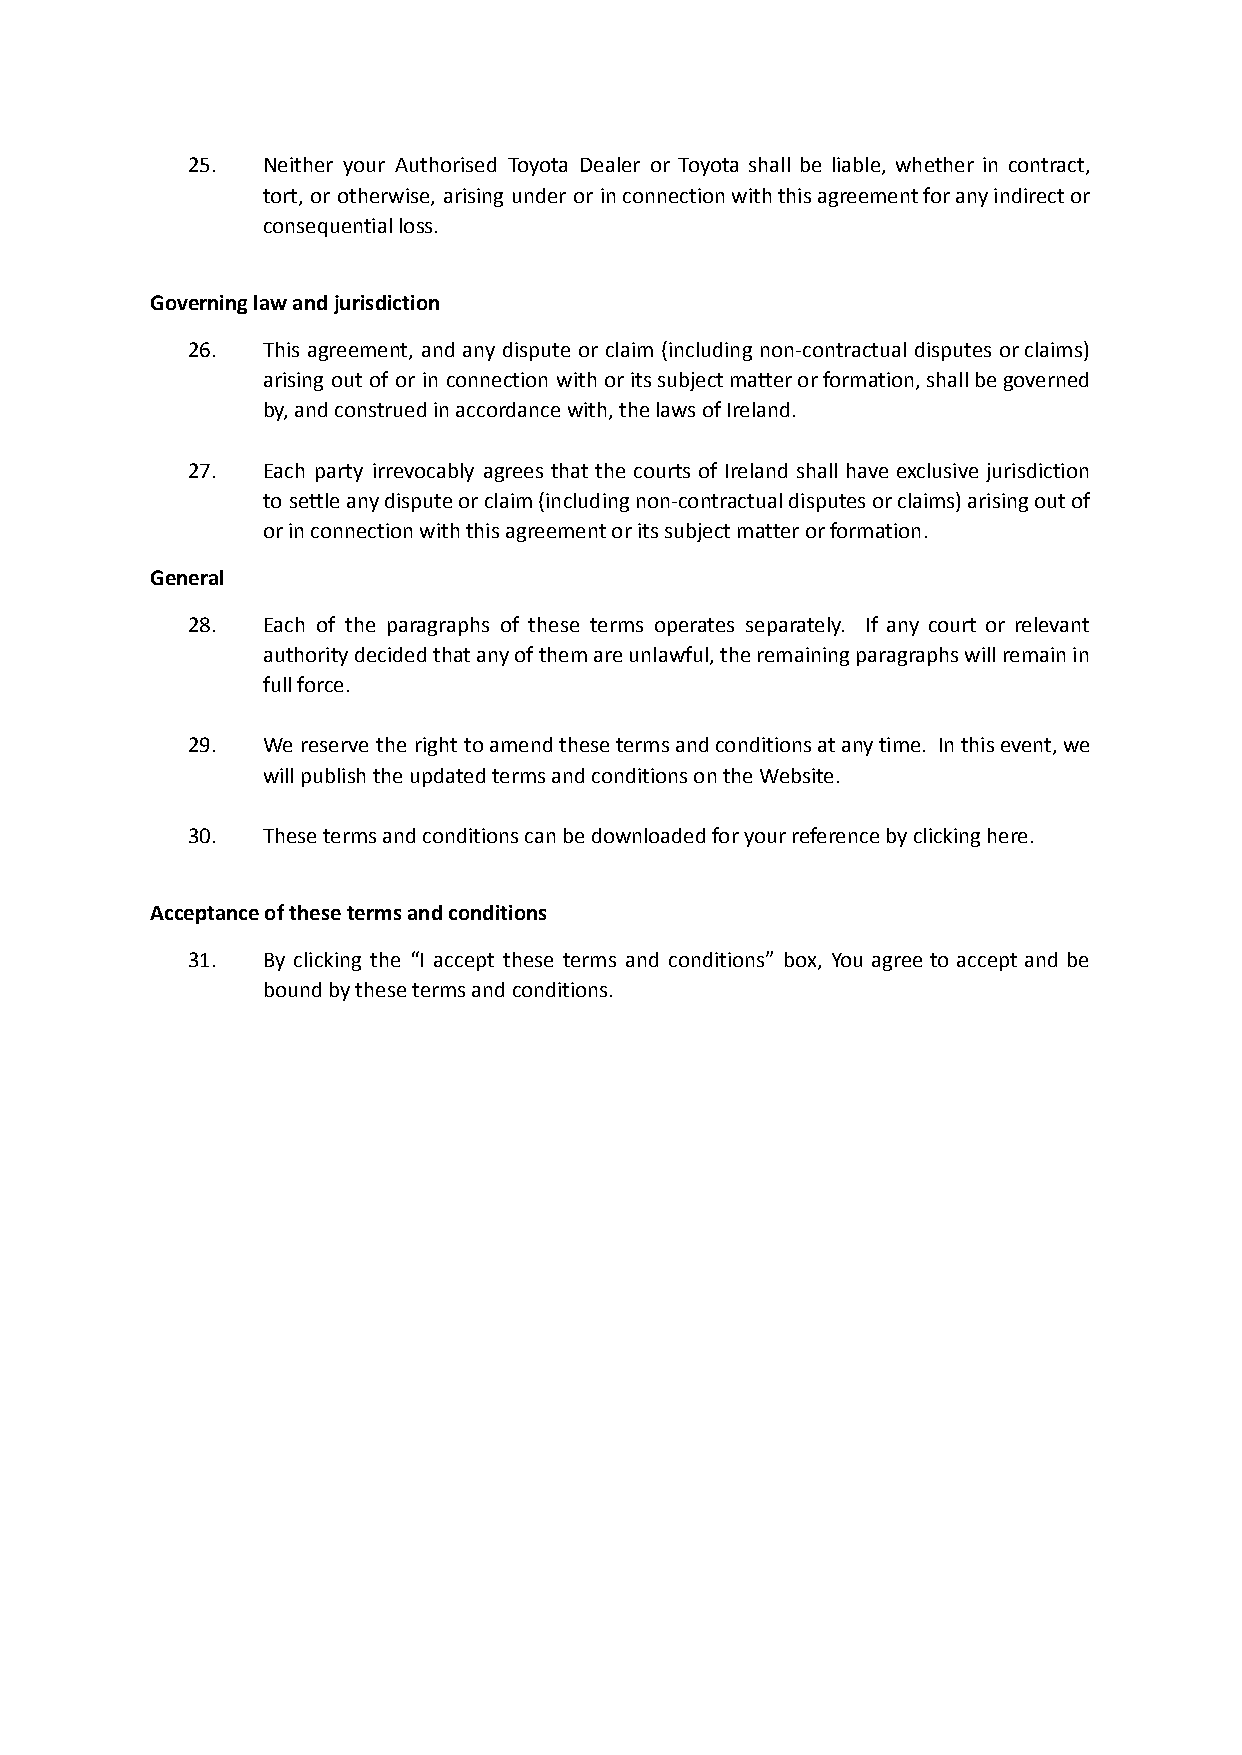
25.  Neither your Authorised Toyota Dealer or Toyota shall be liable, whether in contract,
 tort, or otherwise, arising under or inconnectionwiththisagreementforanyindirector
 consequential loss.
 Governing law and jurisdiction
 26.  This agreement, and any dispute or claim (including non-contractual disputes orclaims)
 arising out of or in connection with oritssubjectmatterorformation,shallbegoverned
 by, and construed in accordance with, the laws of Ireland.
 27.  Each party irrevocably agrees that the courts of Ireland shall have exclusive jurisdiction
 to settleanydisputeorclaim(includingnon-contractualdisputesorclaims)arisingoutof
 or in connection with this agreement or its subject matter or formation.
 General
 28.  Each of the paragraphs of these terms operates separately. If any court or relevant
 authoritydecidedthatanyofthemareunlawful,theremainingparagraphswillremainin
 full force.
 29.  We reserve the right toamendthesetermsandconditionsatanytime. Inthisevent,we
 will publish the updated terms and conditions on the Website.
 30.  These terms and conditions can be downloaded for your reference by clicking here.
 Acceptance of these terms and conditions
 31.  By clicking the “I accept these terms and conditions” box, You agree to accept and be
 bound by these terms and conditions.